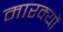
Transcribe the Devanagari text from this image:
मारक्यों